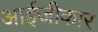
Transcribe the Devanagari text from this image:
आईजीकार